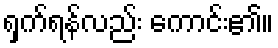
ရှက်ရန်လည်း ကောင်း၏။